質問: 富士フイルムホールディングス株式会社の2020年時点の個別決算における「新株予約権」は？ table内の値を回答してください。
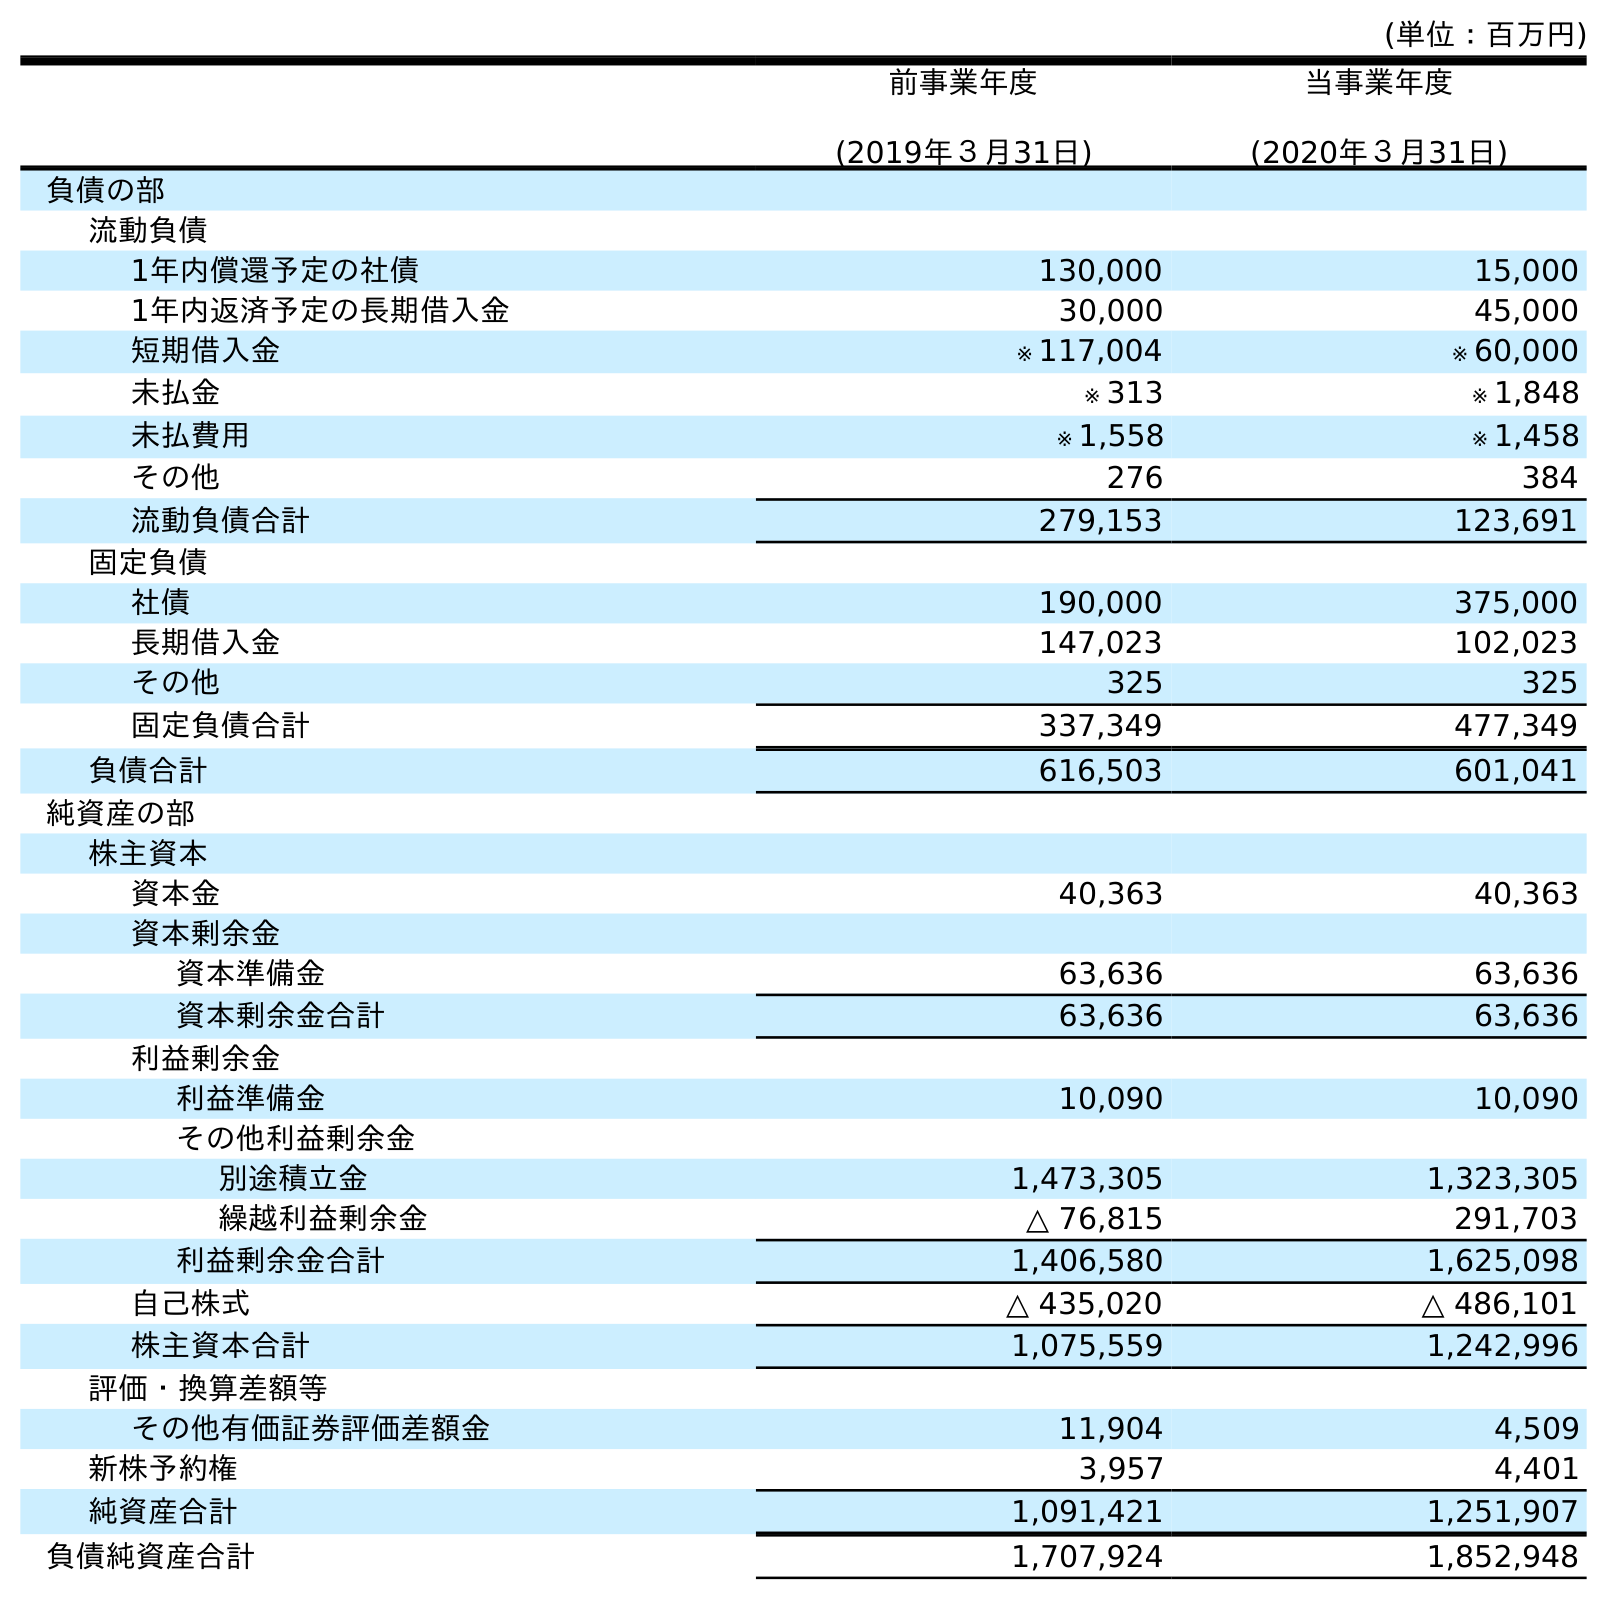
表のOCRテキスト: (単位：百万円) 前事業年度 (2019年３月31日) 当事業年度 (2020年３月31日) 負債の部 流動負債 1年内償還予定の社債 130,000 15,000 1年内返済予定の長期借入金 30,000 45,000 短期借入金 ※ 117,004 ※ 60,000 未払金 ※ 313 ※ 1,848 未払費用 ※ 1,558 ※ 1,458 その他 276 384 流動負債合計 279,153 123,691 固定負債 社債 190,000 375,000 長期借入金 147,023 102,023 その他 325 325 固定負債合計 337,349 477,349 負債合計 616,503 601,041 純資産の部 株主資本 資本金 40,363 40,363 資本剰余金 資本準備金 63,636 63,636 資本剰余金合計 63,636 63,636 利益剰余金 利益準備金 10,090 10,090 その他利益剰余金 別途積立金 1,473,305 1,323,305 繰越利益剰余金 △ 76,815 291,703 利益剰余金合計 1,406,580 1,625,098 自己株式 △ 435,020 △ 486,101 株主資本合計 1,075,559 1,242,996 評価・換算差額等 その他有価証券評価差額金 11,904 4,509 新株予約権 3,957 4,401 純資産合計 1,091,421 1,251,907 負債純資産合計 1,707,924 1,852,948
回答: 4,401